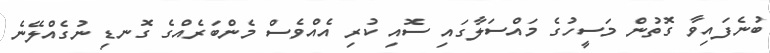
ބުނެފައިވާ ގޮތުން މަސީހުގެ މައްސަލާގައި ސޮއި ކުރި އެއްވެސް މެންބަރެއްގެ ގޮނޑި ނުގެއްލޭނެ